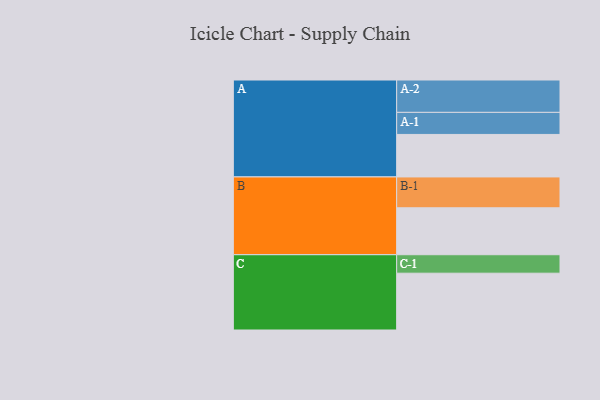
{"axis": {"x": "Segment", "y": "Value"}, "legend": ["", "A", "B", "C"], "data": [{"x": "A", "y": 306, "type": ""}, {"x": "B", "y": 338, "type": ""}, {"x": "C", "y": 409, "type": ""}, {"x": "A-1", "y": 159, "type": "A"}, {"x": "A-2", "y": 233, "type": "A"}, {"x": "B-1", "y": 222, "type": "B"}, {"x": "C-1", "y": 133, "type": "C"}]}